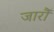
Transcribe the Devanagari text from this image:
जारौं